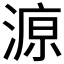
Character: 𱨆